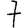
Digit: 7